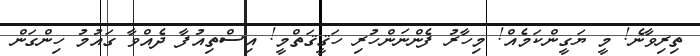
ތިރިވާނެ! މީ ޔަގީންކަމެއް! މިހާރު ފެންނަންހުރި ހަޤީޤަތްމީ! އިސްތިއުފާ ދެއްވާ ގައުމު ހިންގަން